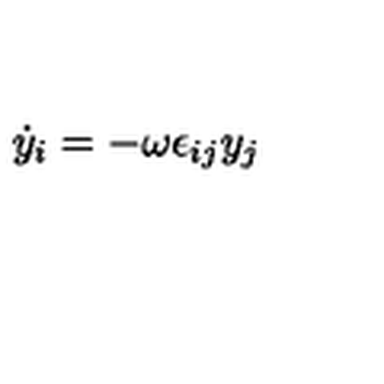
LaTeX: \dot { y } _ { i } = - \omega \epsilon _ { i j } y _ { j }